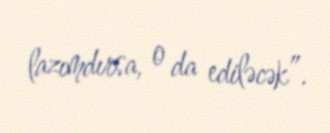
lazımdırsa, o da ediləcək”.